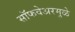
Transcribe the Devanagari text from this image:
सॉफवेअरमुळे